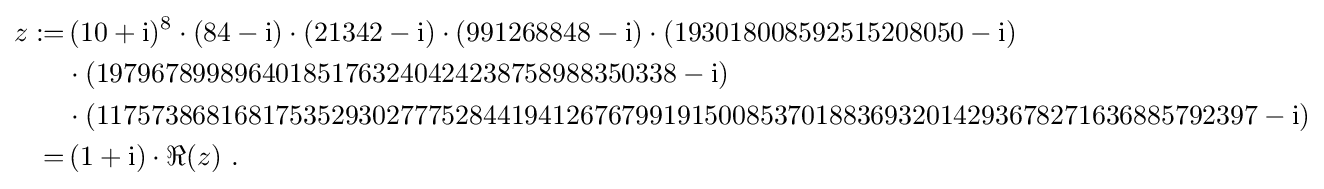
{\begin{aligned}z:=&\,(10+\mathrm {i} )^{8}\cdot (84-\mathrm {i} )\cdot (21342-\mathrm {i} )\cdot (991268848-\mathrm {i} )\cdot (193018008592515208050-\mathrm {i} )\\&\cdot (197967899896401851763240424238758988350338-\mathrm {i} )\\&\cdot (117573868168175352930277752844194126767991915008537018836932014293678271636885792397-\mathrm {i} )\\\;=&\,(1+\mathrm {i} )\cdot \Re (z)~.\end{aligned}}